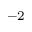
^ { - 2 }